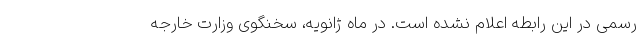
رسمی در این رابطه اعلام نشده است. در ماه ژانویه، سخنگوی وزارت خارجه